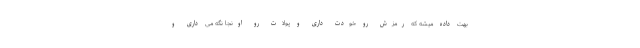
بهت داده میشه که رمزش رو خودت داری و پولات رو اونجا نگه می داری و